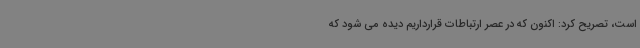
است، تصریح کرد: اکنون که در عصر ارتباطات قرارداریم دیده می شود که